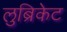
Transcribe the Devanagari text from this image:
लुब्रिकेट